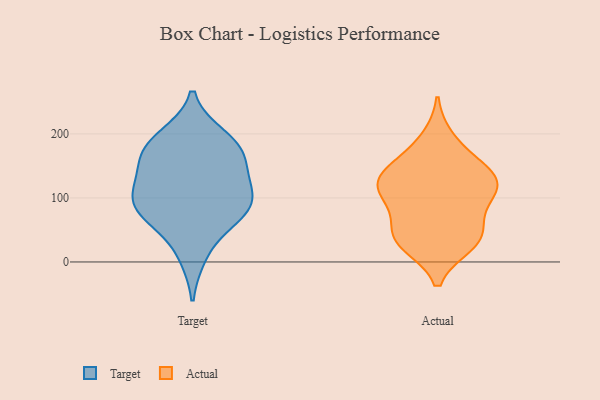
{"axis": {"x": "Bounce Rate (%)", "y": "Value"}, "legend": ["Actual", "Target"], "data": [{"x": "", "y": 125, "type": "Target"}, {"x": "", "y": 188, "type": "Target"}, {"x": "", "y": 98, "type": "Target"}, {"x": "", "y": 114, "type": "Target"}, {"x": "", "y": 79, "type": "Target"}, {"x": "", "y": 72, "type": "Target"}, {"x": "", "y": 155, "type": "Target"}, {"x": "", "y": 165, "type": "Target"}, {"x": "", "y": 66, "type": "Target"}, {"x": "", "y": 97, "type": "Target"}, {"x": "", "y": 196, "type": "Target"}, {"x": "", "y": 10, "type": "Target"}, {"x": "", "y": 174, "type": "Target"}, {"x": "", "y": 36, "type": "Actual"}, {"x": "", "y": 137, "type": "Actual"}, {"x": "", "y": 41, "type": "Actual"}, {"x": "", "y": 142, "type": "Actual"}, {"x": "", "y": 159, "type": "Actual"}, {"x": "", "y": 32, "type": "Actual"}, {"x": "", "y": 60, "type": "Actual"}, {"x": "", "y": 192, "type": "Actual"}, {"x": "", "y": 108, "type": "Actual"}, {"x": "", "y": 119, "type": "Actual"}, {"x": "", "y": 28, "type": "Actual"}, {"x": "", "y": 121, "type": "Actual"}, {"x": "", "y": 93, "type": "Actual"}, {"x": "", "y": 116, "type": "Actual"}]}